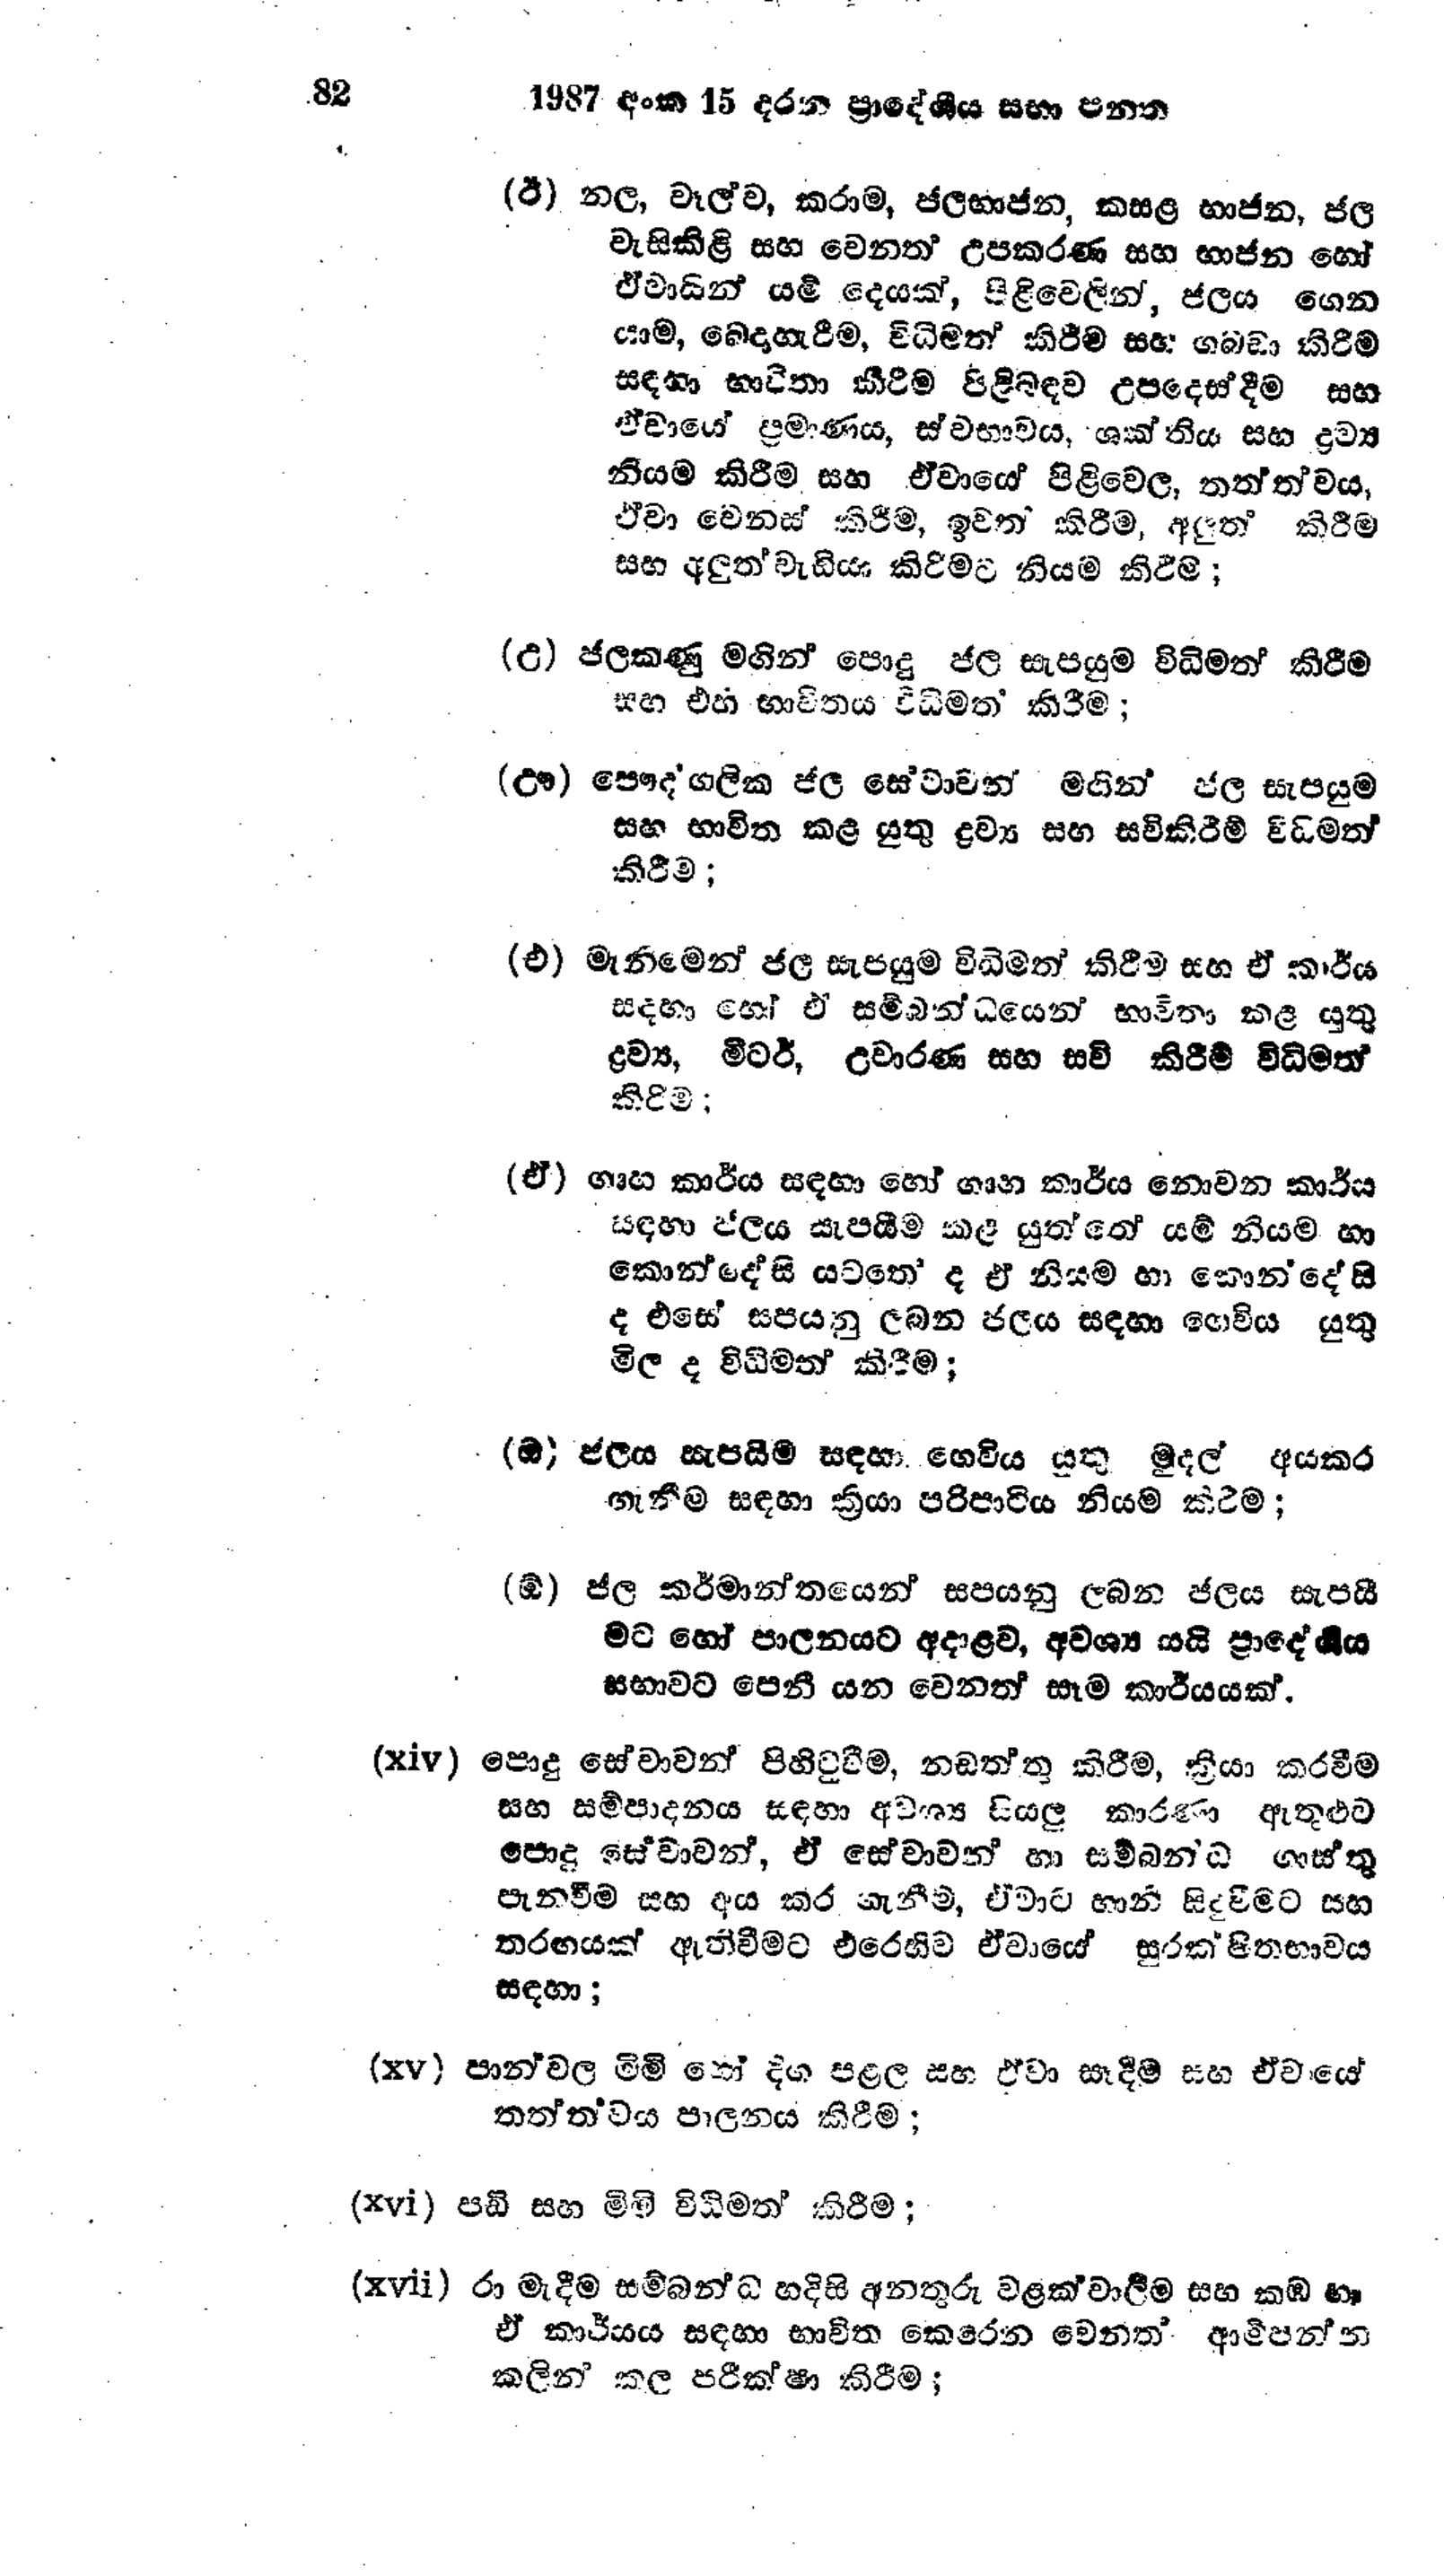
1987 අංක 15 දරන ප්‍රාදේශීය සභා පනත

(ඊ) නල, වෑල්ව, කරාම, ජලභාජන, කසළ භාජන, ජල
වැසිකිළි සහ වෙනත් උපකරණ සහ භාජන හෝ
ඒවායින් යම් දෙයක්, පිළිවෙලින්, ජලය ගෙන
යාම, බෙදාහැරීම, විධිමත් කිරීම සහ ගබඩා කිරීම
සඳහා භාවිතා කිරීම පිළිබඳව උපදෙස්දීම සහ
ඒවායේ ප්‍රමාණය, ස්වභාවය, ශක්තිය සහ ද්‍රව්‍ය
නියම කිරීම සහ ඒවායේ පිළිවෙල, තත්ත්වය,
ඒවා වෙනස් කිරීම, ඉවත් කිරීම, අලුත් කිරීම
සහ අලුත්වැඩියා කිරීමට නියම කිරීම;

(උ) ජලකණු මගින් පොදු ජල සැපයුම විධිමත් කිරීම
සහ එහි භාවිතය විධිමත් කිරීම;

(ඌ) පෞද්ගලික ජල සේවාවන් මගින් ජල සැපයුම
සහ භාවිත කළ යුතු ද්‍රව්‍ය සහ සවිකිරිම් විධිමත්
කිරීම;

(එ) මැනීමෙන් ජල සැපයුම විධිමත් කිරීම සහ ඒ කාර්ය
සදහා හෝ ඒ සම්බන්ධයෙන් භාවිතා කළ යුතු
ද්‍රව්‍ය, මීටර්, උවාරණ සහ සවි කිරීම විධිමත්
කිරීම:

(ඒ) ගෘහ කාර්ය සඳහා හෝ ගෘහ කාර්ය නොවන කාර්ය
සඳහා ජලය සැපයීම කළ යුත්තේ යම් නියම හා
කොන්දේසි යටත‍ේ ද ඒ නියම හා කොන්දේසි
ද එසේ සපයනු ලබන ජලය සඳහා ගෙවිය යුතු
මිල ද විධිමත් කිරීම;

(ඔ) ජලය සැපයීම් සඳහා ගෙවිය යුතු මුදල් අයකර
ගැනීම සඳහා ක්‍රියා පරිපාටිය නියම කිරීම;

(ඕ) ජල කර්මාන්තයෙන් සපයනු ලබන ජලය සැපයී
මට හෝ පාලනයට අදාළව, අවශ්‍ය යයි ප්‍රාදේශීය
සභාවට පෙනී යන වෙනත් සෑම කාර්යයක්.

(xiv) පොදු සේවාවන් පිහිටුවීම, නඩත්තු කිරීම, ක්‍රියා කරවීම
සහ සම්පාදනය සදහා අවශ්‍ය සියලු කාරණා ඇතුළුව
පොදු සේවාවන්, ඒ සේවාවන් හා සම්බන්ධ ගාස්තු
පැනවීම සහ අය කර ගැනීම, ඒවාට හානි සිදුවීමට සහ
තරඟයක් ඇතිවීමට එරෙහිව ඒවායේ සුරක්ෂිතභාවය
සඳහා;

(xv) පාන්වල මිමි හෝ දිග පළල සහ ඒවා සෑදීම සහ ඒවායේ
තත්තවය පාලනය කිරීම;

(xvi) පඩි සහ මිමි විධිමත් කිරීම;

(xvii) රා මැදීම සම්බන්ධ හදිසි අනතුරු වළක්වාලීම සහ කඹ හා
ඒ කාර්යය සඳහා භාවිත කෙරෙන වෙනත් ආම්පන්න
කලින් කල පරීක්ෂා කිරීම;